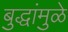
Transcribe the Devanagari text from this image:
बुद्धांमुळे